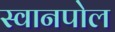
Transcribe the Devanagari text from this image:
स्वानपोल